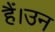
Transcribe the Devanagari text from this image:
हैं।उन